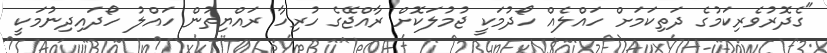
"ގެދޮރުވެރިކަމުގެ ދަތިކަމަށް ހައްލެއް ހޯދުމަކީ ޖުމުލަކޮށް ރާއްޖޭގެ ހުރިހާ ރައްޔިތުން ހައްލު ހޯދައިދިނުމަކީ